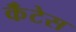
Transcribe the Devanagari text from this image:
कॅंटेस